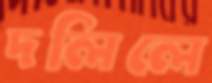
দলিলে